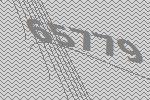
65779